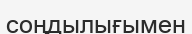
соңдылығымен